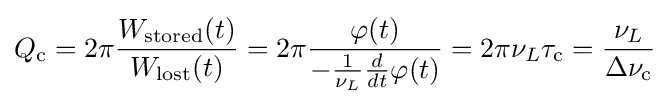
Q_{\rm {c}}=2\pi {\frac {W_{\rm {stored}}(t)}{W_{\rm {lost}}(t)}}=2\pi {\frac {\varphi (t)}{-{\frac {1}{\nu _{L}}}{\frac {d}{dt}}\varphi (t)}}=2\pi \nu _{L}\tau _{\rm {c}}={\frac {\nu _{L}}{\Delta \nu _{\rm {c}}}}